Annual report of the Punjab Veterinary College and of the Civil Veterinary Department, Punjab - 1894-1908
Year: 1894
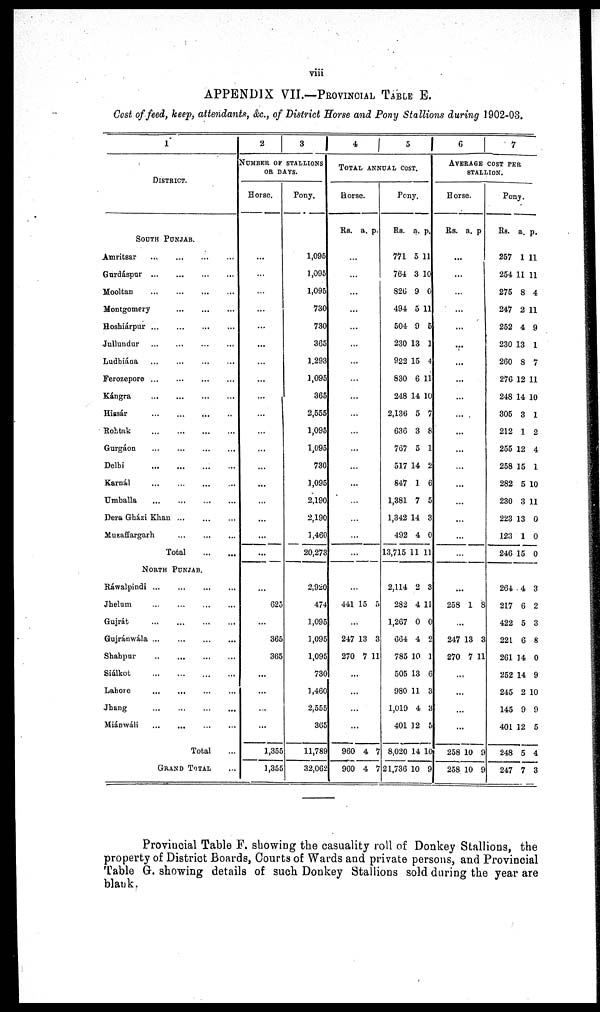
viii
APPENDIX VII.—PROVINCIAL TABLE E.
Cost of feed, keep, attendants, &c., of District Horse and Pony Stallions during 1902-03.
1
DISTRICT.
SOUTH PUNJAB.
Amritsar
...
...
...
...
Gurdáspur ... ... ... ...
Mooltan … … … …
Montgomery
…
…
…
…
Hoshiárpur
…
…
…
…
Jullundur … … … …
Ludhiána … … … …
Ferozepore
…
…
…
…
Kángra
…
…
…
…
Hissár
…
…
…
…
Rohtak
…
…
…
…
Gurgáon
... … … … …
Delhi
…
…
…
…
Karnál
…
…
…
…
Umballa
... … … …
Dera Gházi Khan ..… … …
Muzaffargarh … … …
Total … …
NORTH PUNJAB.
Rawalpindi
…
…
…
…
Jhelum … … … …
Gujrát
…
…
…
…
Gujránwála ... … … …
Shahpur … … … …
Siálkot
…
…
…
…
Lahore … … … …
Jhang
…
…
…
…
Miánwáli … … … …
Total ...
GRAND TOTAL ...
2
3
NUMBER OF STALLIONS
OR DAYS.
Horse.
...
…
…
…
…
…
…
…
…
…
…
…
…
...
...
...
...
...
...
625
...
365
365
...
...
...
...
1,355
1,355
Pony.
1,095
1,095
1,095
730
730
365
1.293
1,095
365
2,555
1,095
1,095
730
1,095
2,190
2,190
1,460
20,273
2,920
474
1,095
1,095
1,095
730
1,460
2,555
365
11,788
32,062
4
5
TOTAL
ANNUAL COST.
Horse.
Rs. a. p .
…
…
…
…
…
…
…
…
…
…
…
…
…
...
…
…
...
…
…
441 15 5
...
247
270
13
7
3
11
...
…
…
…
960
960
4
4
7
7
Pony.
Rs. a. p .
771
764
826
494
504
230
922
830
248
2,136
636
767
517
847
1,381
1,342
492
13,715
2,114
282
1,267
664
785
505
980
1,019
401
8,020
21,736
5
3
9
5
9
13
15
6
14
5
3
5
14
1
7
14
4
11
2
4
0
4
10
13
11
4
12
14
10
11
10
0
11
5
1
4
11
10
7
8
1
2
6
5
3
0
11
3
11
0
2
1
6
3
3
5
10
9
6
7
AVERAGE
STALLION
COST PER.
Horse.
Rs. a. p
...
…
…
…
…
…
…
…
…
…
…
…
…
…
…
...
…
…
...
258 1 8
...
247
270
13
7
3
11
...
...
…
…
258
258
10
10
9
9
Pony.
Rs. a. p.
257
254
275
247
252
230
260
276
248
305
212
255
258
282
230
223
123
246
264
217
422
221
261
252
245
145
401
248
247
1
11
8
2
4
13
8
12
14
3
1
12
15
5
3
13
1
15
4
6
5
6
14
14
2
9
12
5
7
11
11
4
11
9
1
7
11
10
1
2
4
1
10
11
0
0
0
3
2
3
8
0
9
10
9
5
4
3
Provincial Table F. showing the casuality roll of Donkey Stallions, the
property of District Boards, Courts of Wards and private persons, and Provincial
Table
G.
showing details of such Donkey Stalli
blank.